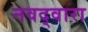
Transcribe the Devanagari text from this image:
नवद्वारा